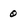
Character: 0